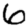
Digit: 6